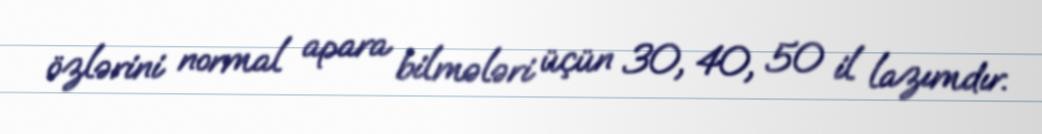
özlərini normal apara bilmələri üçün 30, 40, 50 il lazımdır.